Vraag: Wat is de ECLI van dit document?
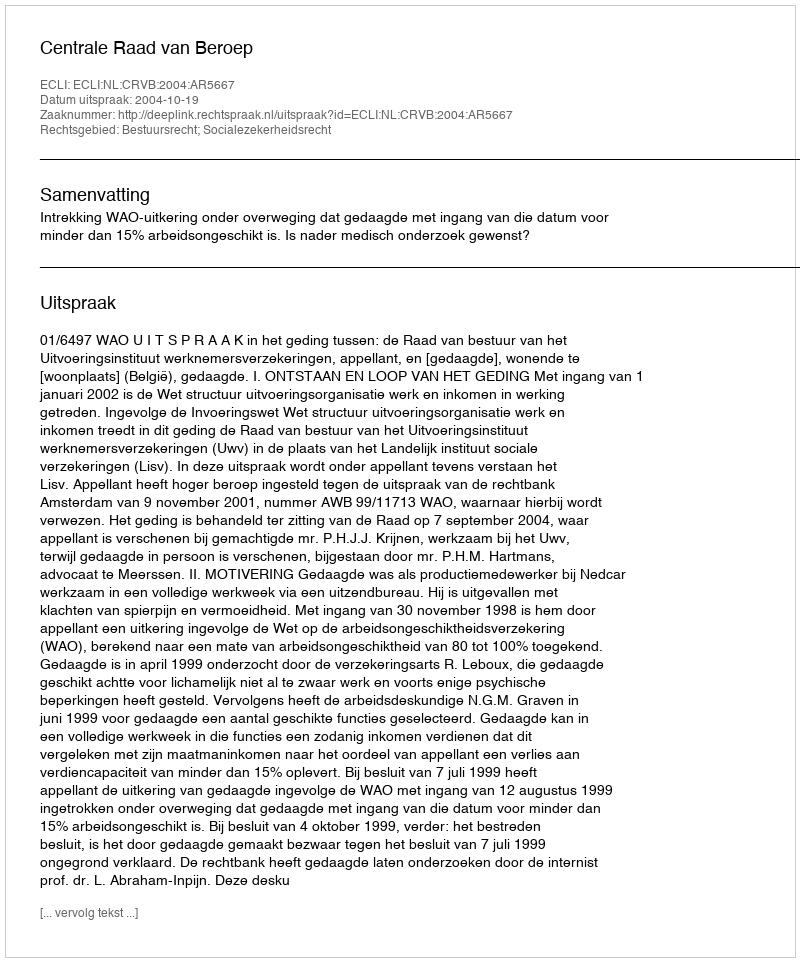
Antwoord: ECLI:NL:CRVB:2004:AR5667